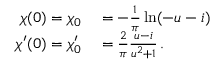
\begin{array} { r l } { \chi ( 0 ) = \chi _ { 0 } } & { { } = - \frac { 1 } { \pi } \ln ( - u - i ) } \\ { \chi ^ { \prime } ( 0 ) = \chi _ { 0 } ^ { \prime } } & { { } = \frac { 2 } { \pi } \frac { u - i } { u ^ { 2 } + 1 } \, . } \end{array}